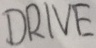
Text: DRIVE